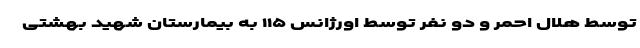
توسط هلال احمر و دو نفر توسط اورژانس ۱۱۵ به بیمارستان شهید بهشتی